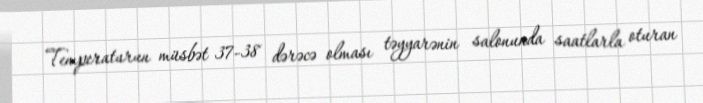
Temperaturun müsbət 37-38 dərəcə olması təyyarənin salonunda saatlarla oturan